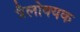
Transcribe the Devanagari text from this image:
त्रैलोक्यक